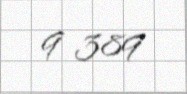
9 389